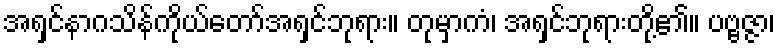
အရှင်နာဂသိန်ကိုယ်တော်အရှင်ဘုရား။ တုမှာကံ၊ အရှင်ဘုရားတို့၏။ ပဗ္ဗဇ္ဇာ၊